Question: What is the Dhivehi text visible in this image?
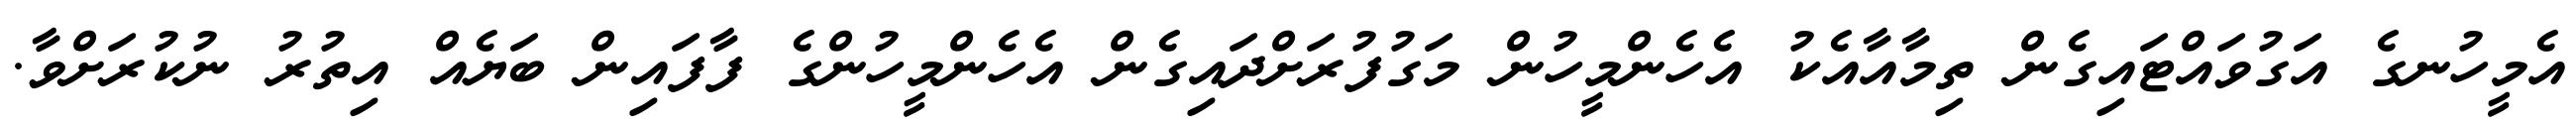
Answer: އެމީހުނގެ އަގުވައްޓައިގެން ތިމާއާއެކު އެހެންމީހުން މަގުފުރަށްދައިގެން އެހެންމީހުންގެ ފާފައިން ބަޔެއް އިތުރު ނުކުރަށްވާ.